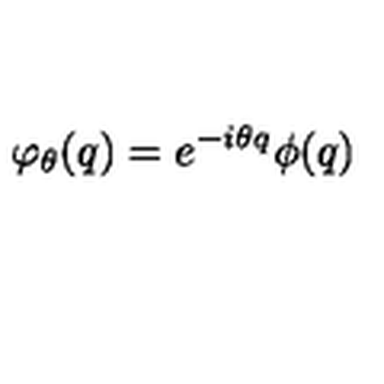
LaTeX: \varphi _ { \theta } ( q ) = e ^ { - i \theta q } \phi ( q )